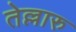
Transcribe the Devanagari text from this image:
तेल्लारु